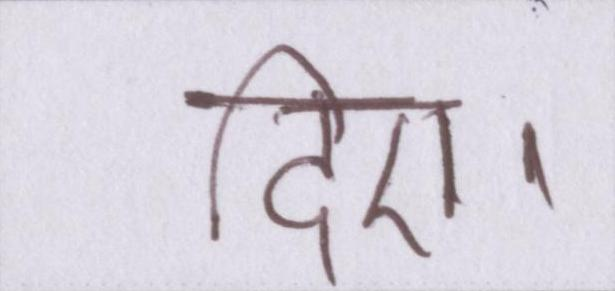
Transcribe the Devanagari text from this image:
दिए।